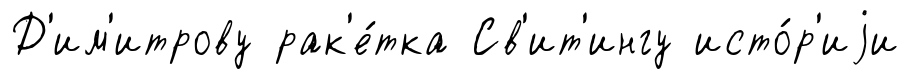
Д'им'итрову рак'е́тка Св'ит'ингу исто́р'иjи